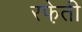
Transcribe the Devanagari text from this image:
रफे़ती